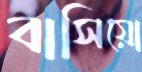
বাসিয়ো